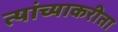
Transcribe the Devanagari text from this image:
त्यांच्याकरीता